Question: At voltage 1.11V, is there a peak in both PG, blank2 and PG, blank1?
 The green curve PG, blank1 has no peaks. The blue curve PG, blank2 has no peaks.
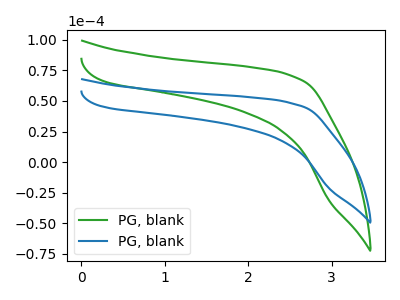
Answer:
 <answer>No, "PG, blank2" and "PG, blank1" dont share a peak at 1.11V.</answer>
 <eval>mismatch</eval>